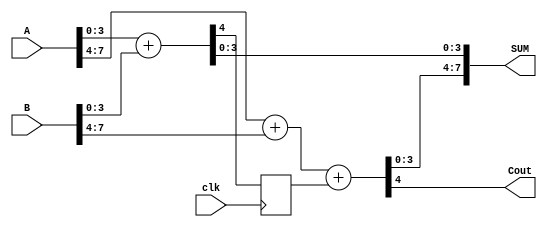
module adder_16 (clk,A,B,SUM,Cout);
    input clk;
    input [7:0] A,B;
    output [7:0] SUM;
    output Cout;
    
    reg  CARRYi;
    wire  CARRYo;

assign {CARRYo,SUM[3:0]}= A[3:0] + B[3:0];
assign {Cout,SUM[7:4]}= A[7:4] + B[7:4]+ CARRYi;

always @(posedge clk) begin
    CARRYi<=CARRYo;
end
endmodule